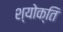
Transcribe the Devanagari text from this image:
श्योक्ति